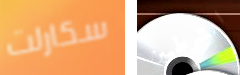
سكارلت الشرطيين